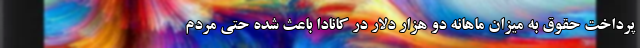
پرداخت حقوق به میزان ماهانه دو هزار دلار در کانادا باعث شده حتی مردم